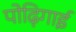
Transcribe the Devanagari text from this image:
पोढ़िगाई